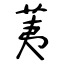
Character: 荑